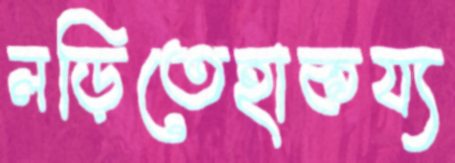
লড়িতেহাকয্য